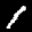
Label: 1